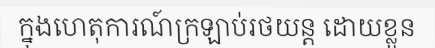
ក្នុងហេតុការណ៍ក្រឡាប់រថយន្ត ដោយខ្លួន